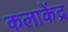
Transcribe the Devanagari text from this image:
कलाकेंद्र